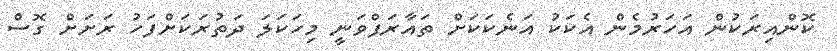
ކޮންއިރަކުން އަހަރުމެން އެކަކު އަނެކަކަށް ތައާރަފްވަނީ މިހަކަލަ ދަތުރަކަށްފަހު ރަށަށް ގޮސް